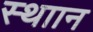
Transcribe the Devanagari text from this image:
स्थाान